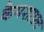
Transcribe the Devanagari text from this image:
कैमशाफ़्ट